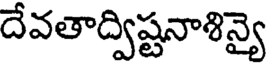
దేవతాద్విష్టనాశిన్యై